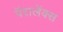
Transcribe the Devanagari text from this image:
पॅरालॅक्स